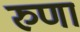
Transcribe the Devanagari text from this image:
रुणा